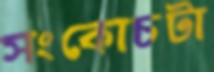
সংকোচটা